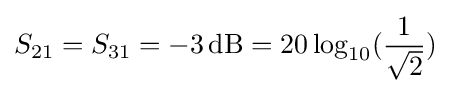
S_{21}=S_{31}=-3\,{\text{dB}}=20\log _{10}({\frac {1}{\sqrt {2}}})